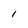
Character: 1